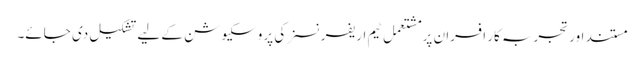
مستند اور تجربہ کار افسران پر مشتعمل ٹیم اریفرنسز کی پروسکیوشن کے لیے تشکیل دی جائے۔